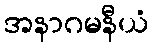
အနာဂမနီယံ